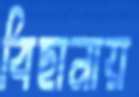
বিছানায়